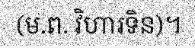
(ម.ព. វិហារទិន)។